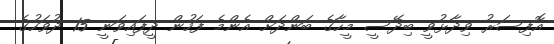
އޮފިސަރު ވިދާޅުވީ ބިދޭސީ މީހާގެ ބަންދަށް އެންމެ ފަހުން ދީފައިވަނީ 15 ދުވަހުގެ